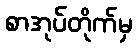
စာအုပ်တိုက်မှ